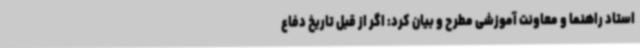
استاد راهنما و معاونت آموزشی مطرح و بیان کرد: اگر از قبل تاریخ دفاع